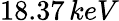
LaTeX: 18.37\, keV